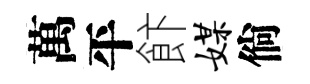
萬平飰媒倘